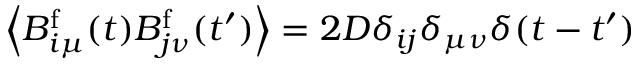
\left< B _ { i \mu } ^ { \mathrm { f } } ( t ) B _ { j \nu } ^ { \mathrm { f } } ( t ^ { \prime } ) \right> = 2 D \delta _ { i j } \delta _ { \mu \nu } \delta ( t - t ^ { \prime } )